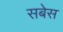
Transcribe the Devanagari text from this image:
सबेस